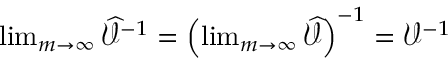
\begin{array} { r } { \operatorname* { l i m } _ { m \rightarrow \infty } \widehat { \mathcal { V } } ^ { - 1 } = \left( \operatorname* { l i m } _ { m \rightarrow \infty } \widehat { \mathcal { V } } \right) ^ { - 1 } = \mathcal { V } ^ { - 1 } } \end{array}